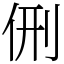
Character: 侀